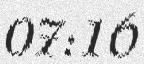
07:16